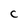
Character: C